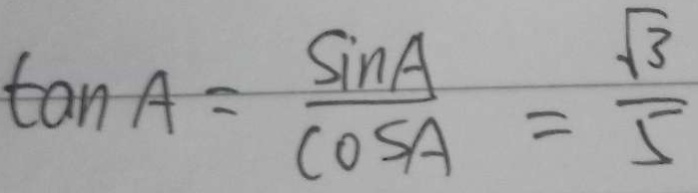
\tan A = \frac { \sin A } { \cos A } = \frac { \sqrt { 3 } } { 5 }